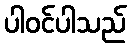
ပါဝင်ပါသည်